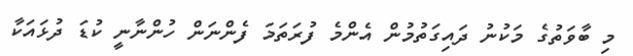
މި ބާވަތުގެ މަކުނު ދައިގަތުމުން އެންމެ ފުރަތަމަ ފެންނަން ހުންނާނީ ކުޑަ ދުޅައަކާ